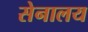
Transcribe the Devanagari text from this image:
सेनालय